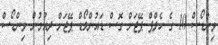
ވިންޑޯސް 10 ގެ ހެލްޕް ޕޭޖަށް ގޮސް ޑައުންލޯޑް ޕޭޖަށް ދިއުމުން ވިންޑޯސް